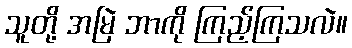
သူတို့ အမြဲ ဘာကို ကြည့်ကြသလဲ။